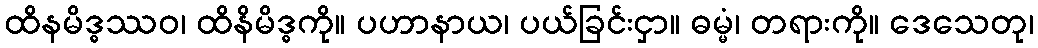
ထိနမိဒ္ဓဿဝ၊ ထိနိမိဒ္ဓကို။ ပဟာနာယ၊ ပယ်ခြင်းငှာ။ ဓမ္မံ၊ တရားကို။ ဒေသေတု၊